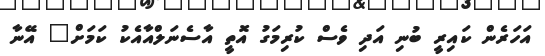
އަހަރެން ކައިރީ ބުނި އަދި ވެސް ކުރިމަގު އޮތީ އާސެނަލްއާއެކު ކަމަށް" އޭނާ